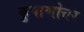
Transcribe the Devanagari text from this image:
कुषाणोत्तर